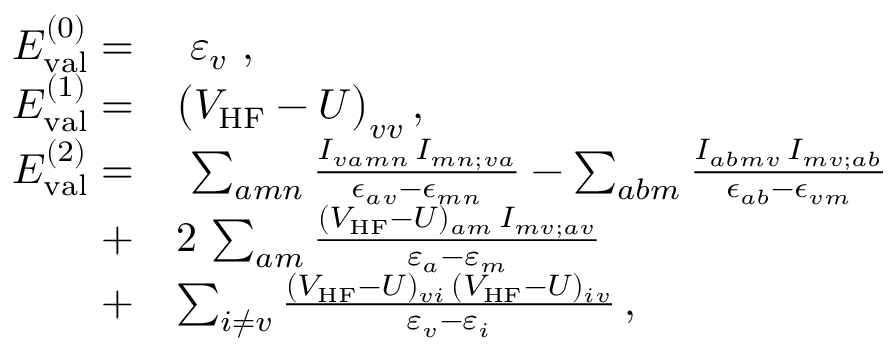
\begin{array} { r l } { E _ { \mathrm { v a l } } ^ { ( 0 ) } = } & { \ \varepsilon _ { v } \ , } \\ { E _ { \mathrm { v a l } } ^ { ( 1 ) } = } & { \big ( V _ { \mathrm { H F } } - U \big ) _ { v v } \, , } \\ { E _ { \mathrm { v a l } } ^ { ( 2 ) } = } & { \ \sum _ { a m n } \frac { I _ { v a m n } \, I _ { m n ; v a } } { \epsilon _ { a v } - \epsilon _ { m n } } - \sum _ { a b m } \frac { I _ { a b m v } \, I _ { m v ; a b } } { \epsilon _ { a b } - \epsilon _ { v m } } } \\ { + } & { 2 \, \sum _ { a m } \frac { ( V _ { \mathrm { H F } } - U ) _ { a m } \, I _ { m v ; a v } } { \varepsilon _ { a } - \varepsilon _ { m } } } \\ { + } & { \sum _ { i \neq v } \frac { ( V _ { \mathrm { H F } } - U ) _ { v i } \, ( V _ { \mathrm { H F } } - U ) _ { i v } } { \varepsilon _ { v } - \varepsilon _ { i } } \, , } \end{array}